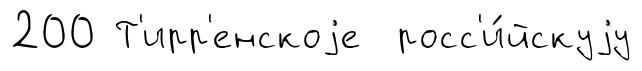
200 Т'ирр'енскоjе росс'и́йскуjу